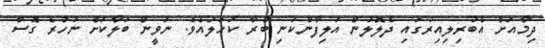
ދިމާއަށް އެބުރިލިއިރުގައި ދެލޮލުން އަލިފާންކަނި ބުރާ ކަހަލައެވެ. ނަވީން ބަލާކަށް ނުހުރެ ގޮސް